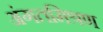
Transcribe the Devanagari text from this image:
अंगतमिश्रण